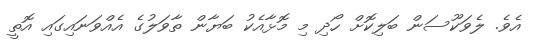
އެވެ. ލެވަކޫސަން ބަލިކޮށް ހޯދި މި މޮޅާއެކު ބަޔާން ތާވަލުގެ އެއްވަނައިގައި އޮތީ